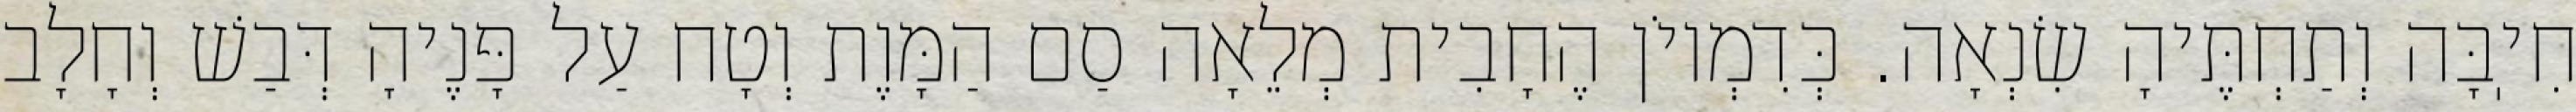
חִיֽבָּה וְתַחְתֶּיהָ שִׂנְאָה. כְּדִמְיוֹן הֶחָבִית מְלֵאָה סַם הַמָּוֶת וְטָח עַל פָּנֶיהָ דְּבַשׁ וְחָלָב